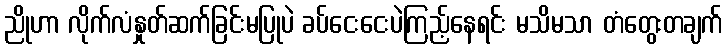
ညိုဟာ လိုက်လံနှုတ်ဆက်ခြင်းမပြုပဲ ခပ်ငေးငေးပဲကြည့်နေရင်း မသိမသာ တံတွေးတချက်